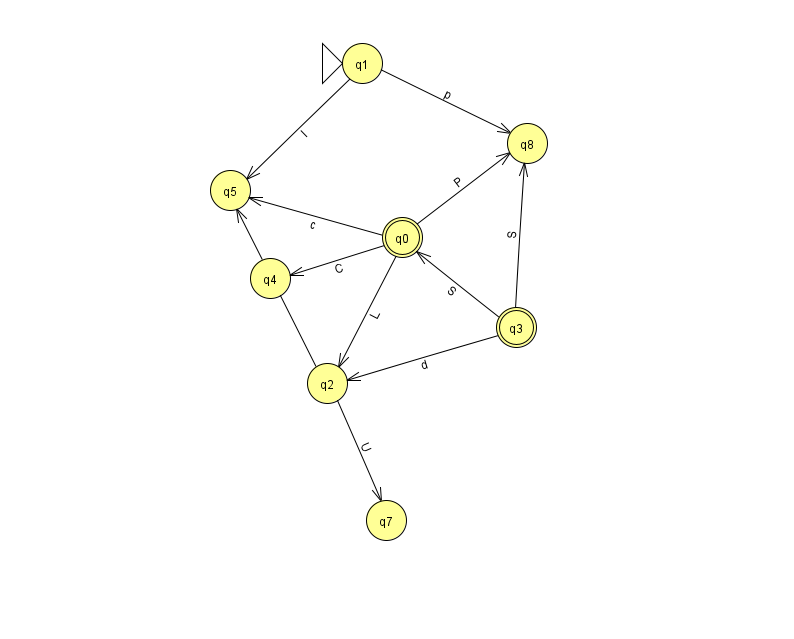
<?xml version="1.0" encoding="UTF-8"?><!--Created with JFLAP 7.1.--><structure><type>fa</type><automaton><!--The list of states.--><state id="0" name="q0"><x>402.0</x><y>224.0</y><final/></state><state id="1" name="q1"><x>362.0</x><y>50.0</y><initial/></state><state id="2" name="q2"><x>327.0</x><y>370.0</y></state><state id="3" name="q3"><x>516.0</x><y>314.0</y><final/></state><state id="4" name="q4"><x>270.0</x><y>265.0</y></state><state id="5" name="q5"><x>230.0</x><y>177.0</y></state><state id="7" name="q7"><x>386.0</x><y>507.0</y></state><state id="8" name="q8"><x>527.0</x><y>130.0</y></state><!--The list of transitions.--><transition><from>1</from><to>8</to><read>p</read></transition><transition><from>3</from><to>2</to><read>d</read></transition><transition><from>1</from><to>5</to><read>l</read></transition><transition><from>0</from><to>4</to><read>C</read></transition><transition><from>2</from><to>7</to><read>U</read></transition><transition><from>3</from><to>0</to><read>S</read></transition><transition><from>0</from><to>5</to><read>c</read></transition><transition><from>0</from><to>8</to><read>P</read></transition><transition><from>2</from><to>5</to><read>M</read></transition><transition><from>3</from><to>8</to><read>S</read></transition><transition><from>0</from><to>2</to><read>L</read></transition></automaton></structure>